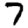
Digit: 7